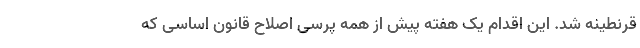
قرنطینه شد. این اقدام یک هفته پیش از همه پرسی اصلاح قانون اساسی که